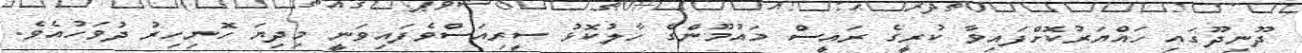
ދޫނިދޫގައި ހައްޔަރުކޮށްފައިވާ ކުރީގެ ރައީސް މައުމޫންގެ ހާލުކޮޅު ސީރިއަސްވެފައިވަނީ މިދިޔަ ހޮނިހިރު ދުވަހުއެވެ.